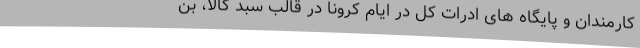
کارمندان و پایگاه های ادرات کل در ایام کرونا در قالب سبد کالا، بن